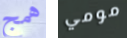
همج مومي